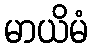
မာယိမံ